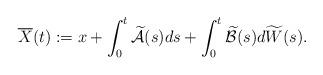
LaTeX: \begin{align*} \overline{X}(t):= x +\int_0^t \widetilde{\mathcal{A}}(s)ds +\int_0^t \widetilde{\mathcal{B}}(s)d\widetilde{W}(s) .\end{align*}